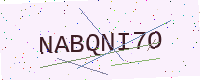
Text: NABQNI7O